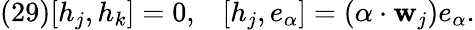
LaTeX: (29)[h_{j},h_{k}]=0,\; \; \; [h_{j},e_{\alpha}]=(\alpha\cdot{\mathbf w}_{j})e_{\alpha}.